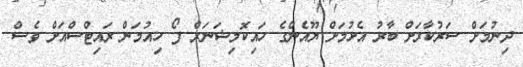
ދިނުމަށް ސަރުކާރަށް ބާރު އެޅުމަށް ޔޫއެންގެ ހައިކޮމިޝަނަރް ފޯ ހިއުމަން ރައިޓްސްއަށް ވެސް